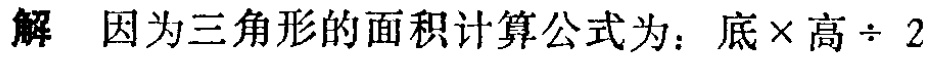
解 因为三角形的面积计算公式为：底$\times$高$\div$ 2